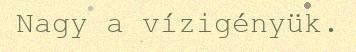
Nagy a vízigényük.